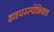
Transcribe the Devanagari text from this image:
हाइपरस्पेशियल